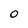
Character: 0